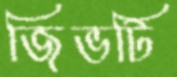
জিভটি